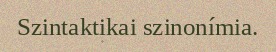
Szintaktikai szinonímia.